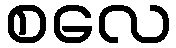
စလေ